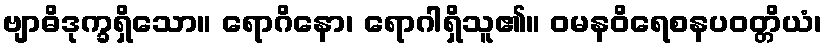
ဗျာဓိဒုက္ခရှိသော။ ရောဂိနော၊ ရောဂါရှိသူ၏။ ဝမနဝိရေစနပဝတ္တိယံ၊